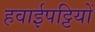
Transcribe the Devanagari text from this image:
हवाईपट्टियों